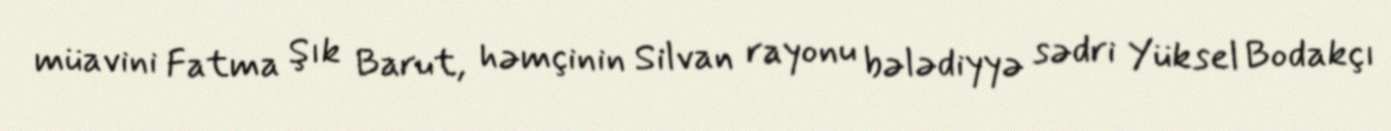
müavini Fatma Şık Barut, həmçinin Silvan rayonu bələdiyyə sədri Yüksel Bodakçı